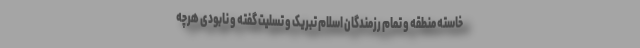
خاسته منطقه و تمام رزمندگان اسلام تبریک و تسلیت گفته و نابودی هرچه